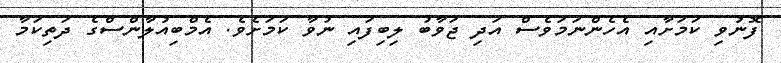
ފޮނުވި ކަމަށާއި އެހެންނަމަވެސް އަދި ޖަވާބު ލިބިފައި ނުވާ ކަމަށެވެ. އެމްބިއުލާންސްގެ ދަތިކަމާ